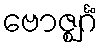
ဗောဇ္ဈင်္ဂံ